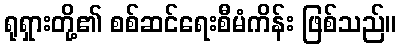
ရုရှားတို့၏ စစ်ဆင်ရေးစီမံကိန်း ဖြစ်သည်။